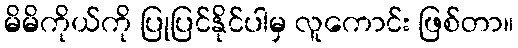
မိမိကိုယ်ကို ပြုပြင်နိုင်ပါမှ လူကောင်း ဖြစ်တာ။